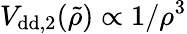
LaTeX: V_{\mathrm{{dd},2}}(\tilde{\rho})\propto 1/\rho^{3}